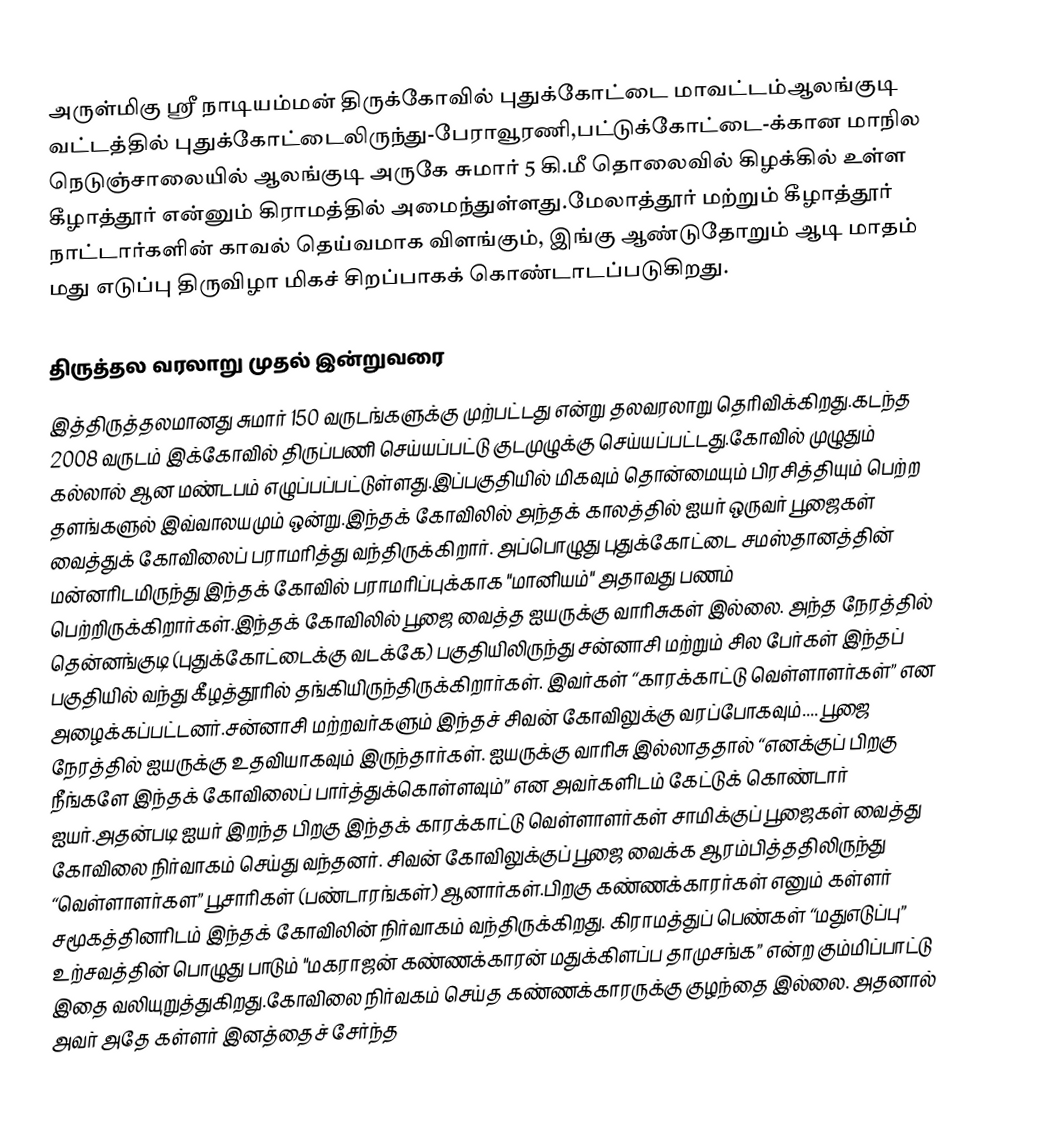
அருள்மிகு ஸ்ரீ நாடியம்மன் திருக்கோவில் புதுக்கோட்டை மாவட்டம்ஆலங்குடி வட்டத்தில்    புதுக்கோட்டைலிருந்து-பேராவூரணி,பட்டுக்கோட்டை-க்கான மாநில நெடுஞ்சாலையில் ஆலங்குடி அருகே சுமார் 5 கி.மீ தொலைவில் கிழக்கில் உள்ள கீழாத்தூர் என்னும் கிராமத்தில் அமைந்துள்ளது.மேலாத்தூர் மற்றும் கீழாத்தூர் நாட்டார்களின் காவல் தெய்வமாக விளங்கும், இங்கு ஆண்டுதோறும் ஆடி மாதம் மது எடுப்பு திருவிழா மிகச் சிறப்பாகக் கொண்டாடப்படுகிறது.

திருத்தல வரலாறு முதல் இன்றுவரை
இத்திருத்தலமானது சுமார் 150 வருடங்களுக்கு முற்பட்டது என்று தலவரலாறு தெரிவிக்கிறது.கடந்த 2008 வருடம் இக்கோவில் திருப்பணி செய்யப்பட்டு குடமுழுக்கு செய்யப்பட்டது.கோவில் முழுதும் கல்லால் ஆன மண்டபம் எழுப்பப்பட்டுள்ளது.இப்பகுதியில் மிகவும் தொன்மையும் பிரசித்தியும் பெற்ற தளங்களுல்  இவ்வாலயமும் ஒன்று.இந்தக் கோவிலில் அந்தக் காலத்தில் ஐயர் ஒருவர் பூஜைகள் வைத்துக் கோவிலைப் பராமரித்து வந்திருக்கிறார். அப்பொழுது புதுக்கோட்டை சமஸ்தானத்தின் மன்னரிடமிருந்து இந்தக் கோவில் பராமரிப்புக்காக "மானியம்" அதாவது பணம் பெற்றிருக்கிறார்கள்.இந்தக் கோவிலில் பூஜை வைத்த ஐயருக்கு வாரிசுகள் இல்லை. அந்த நேரத்தில் தென்னங்குடி (புதுக்கோட்டைக்கு வடக்கே) பகுதியிலிருந்து சன்னாசி மற்றும் சில பேர்கள் இந்தப் பகுதியில் வந்து கீழத்தூரில் தங்கியிருந்திருக்கிறார்கள். இவர்கள் “காரக்காட்டு வெள்ளாளர்கள்” என அழைக்கப்பட்டனர்.சன்னாசி மற்றவர்களும் இந்தச் சிவன் கோவிலுக்கு வரப்போகவும்.... பூஜை நேரத்தில் ஐயருக்கு உதவியாகவும் இருந்தார்கள். ஐயருக்கு வாரிசு இல்லாததால் “எனக்குப் பிறகு நீங்களே இந்தக் கோவிலைப் பார்த்துக்கொள்ளவும்” என அவர்களிடம் கேட்டுக் கொண்டார் ஐயர்.அதன்படி ஐயர் இறந்த பிறகு இந்தக் காரக்காட்டு வெள்ளாளர்கள் சாமிக்குப் பூஜைகள் வைத்து கோவிலை நிர்வாகம் செய்து வந்தனர். சிவன் கோவிலுக்குப் பூஜை வைக்க ஆரம்பித்ததிலிருந்து “வெள்ளாளர்கள” பூசாரிகள் (பண்டாரங்கள்) ஆனார்கள்.பிறகு கண்ணக்காரர்கள் எனும் கள்ளர் சமூகத்தினரிடம் இந்தக் கோவிலின் நிர்வாகம் வந்திருக்கிறது. கிராமத்துப் பெண்கள் “மதுஎடுப்பு” உற்சவத்தின் பொழுது பாடும் "மகராஜன் கண்ணக்காரன் மதுக்கிளப்ப தாமுசங்க” என்ற கும்மிப்பாட்டு இதை வலியுறுத்துகிறது.கோவிலை நிர்வகம் செய்த கண்ணக்காரருக்கு குழந்தை இல்லை. அதனால் அவர் அதே கள்ளர் இனத்தைச் சேர்ந்த